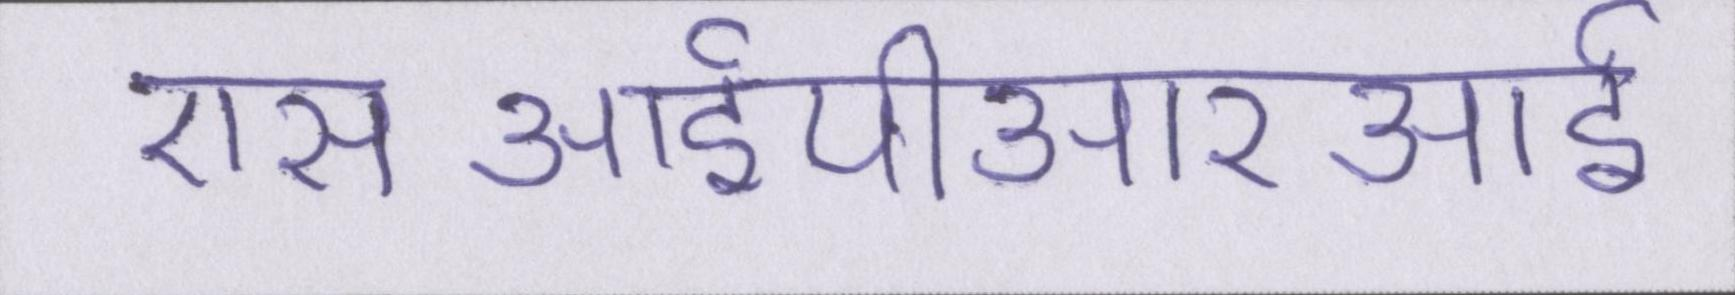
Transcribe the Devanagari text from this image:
एसआईपीआरआई